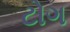
ટોગ